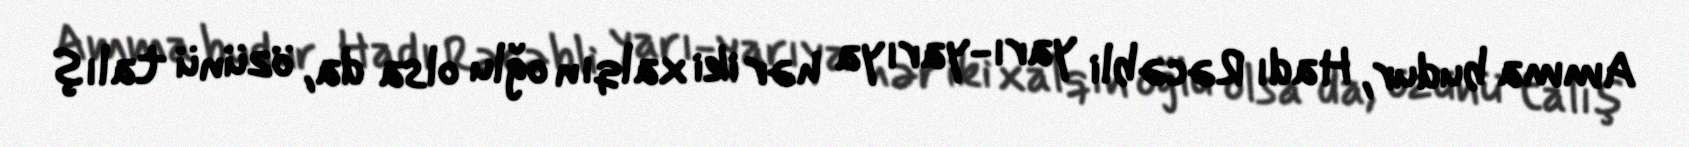
Amma budur, Hadı Rəcəbli yarı-yarıya hər iki xalqın oğlu olsa da, özünü talış